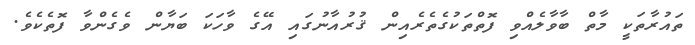
ތައުރާތަކީ މާތް ބާވާލެއްވި ފޮތްތަކުގެތެރެއިން ޤުރުއާނުގައި އޭގެ ވާހަކަ ބަޔާން ވެގެންވާ ފޮތެކެވެ.